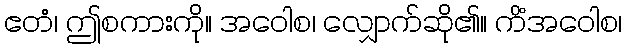
ဧတံ၊ ဤစကားကို။ အဝေါစ၊ လျှောက်ဆို၏။ ကိံအဝေါစ၊